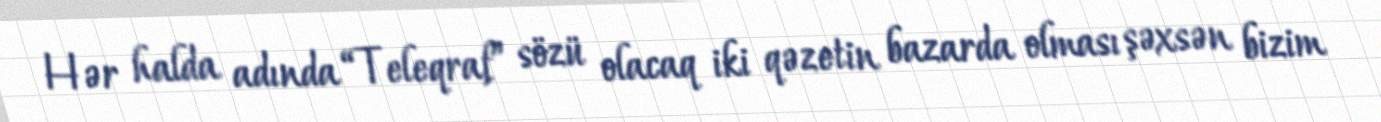
Hər halda adında “Teleqraf” sözü olacaq iki qəzetin bazarda olması şəxsən bizim